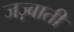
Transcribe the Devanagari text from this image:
जज़्बाती